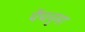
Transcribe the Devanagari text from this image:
पेंचनुमा